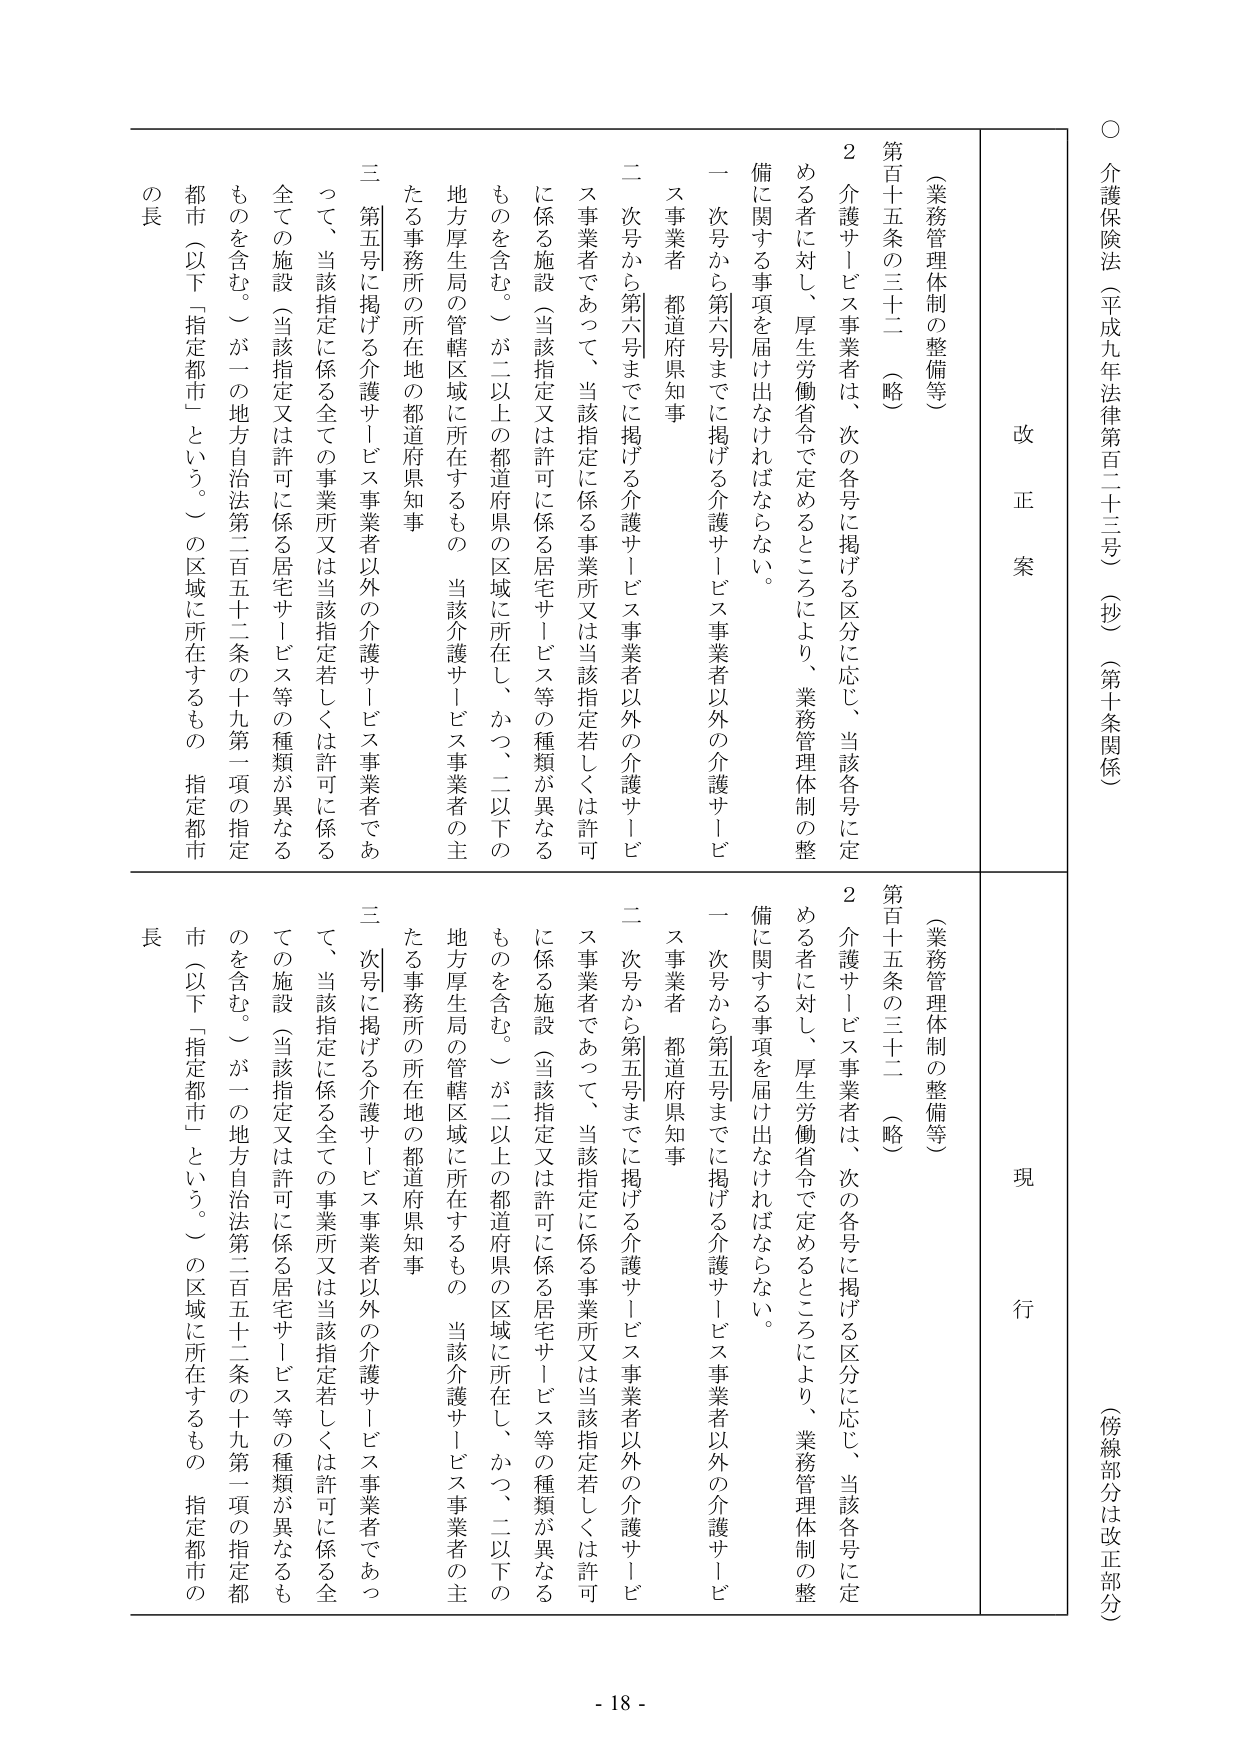
○ 介護保険法（平成九年法律第百二十三号）（抄）（第十条関係）
（傍線部分は改正部分）

改正案
（業務管理体制の整備等）
第百十五条の三十二 （略）
２ 介護サービス事業者は、次の各号に掲げる区分に応じ、当該各号に定める者に対し、厚生労働省令で定めるところにより、業務管理体制の整備に関する事項を届け出なければならない。
一 次号から第六号までに掲げる介護サービス事業者以外の介護サービス事業者 都道府県知事
二 次号から第六号までに掲げる介護サービス事業者以外の介護サービス事業者であって、当該指定に係る事業所又は当該指定若しくは許可に係る施設（当該指定又は許可に係る住宅サービス等の種類が異なるものを含む。）が二以上の都道府県の区域に所在し、かつ、二以下の地方厚生局の管轄区域に所在するもの 当該介護サービス事業者の主たる事務所の所在地の都道府県知事
三 第五号に掲げる介護サービス事業者以外の介護サービス事業者であって、当該指定に係る全ての事業所又は当該指定若しくは許可に係る全ての施設（当該指定又は許可に係る住宅サービス等の種類が異なるものを含む。）が一の地方自治法第二百五十二条の十九第一項の指定都市（以下「指定都市」という。）の区域に所在するもの 指定都市の長

現行
（業務管理体制の整備等）
第百十五条の三十二 （略）
２ 介護サービス事業者は、次の各号に掲げる区分に応じ、当該各号に定める者に対し、厚生労働省令で定めるところにより、業務管理体制の整備に関する事項を届け出なければならない。
一 次号から第五号までに掲げる介護サービス事業者以外の介護サービス事業者 都道府県知事
二 次号から第五号までに掲げる介護サービス事業者以外の介護サービス事業者であって、当該指定に係る事業所又は当該指定若しくは許可に係る施設（当該指定又は許可に係る住宅サービス等の種類が異なるものを含む。）が二以上の都道府県の区域に所在し、かつ、二以下の地方厚生局の管轄区域に所在するもの 当該介護サービス事業者の主たる事務所の所在地の都道府県知事
三 次号に掲げる介護サービス事業者以外の介護サービス事業者であって、当該指定に係る全ての事業所又は当該指定若しくは許可に係る全ての施設（当該指定又は許可に係る住宅サービス等の種類が異なるものを含む。）が一の地方自治法第二百五十二条の十九第一項の指定都市（以下「指定都市」という。）の区域に所在するもの 指定都市の長

- 18 -